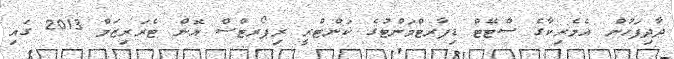
ދާދިފަހުން އެމެރިކާގެ ސްޓޭޓް ޑިޕާރޓްމަންޓުގެ ކަންޓްރީ ރިޕޯރޓްސް އޮން ޓެރަރިޒަމް 2013 ގައި